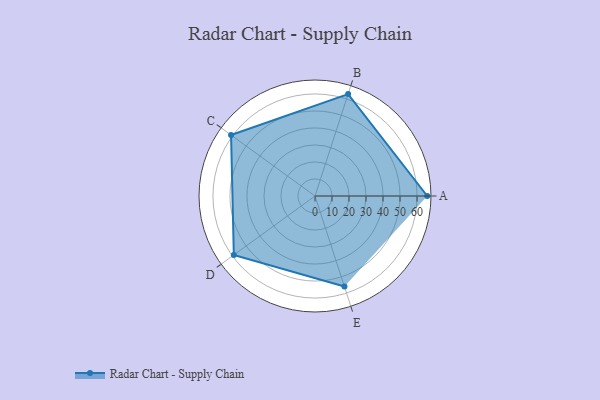
{"axis": {"x": "Skill", "y": "Score"}, "legend": ["Profile"], "data": [{"x": "A", "y": 66.0, "type": "Profile"}, {"x": "B", "y": 63.0, "type": "Profile"}, {"x": "C", "y": 61.0, "type": "Profile"}, {"x": "D", "y": 59.0, "type": "Profile"}, {"x": "E", "y": 56.0, "type": "Profile"}]}